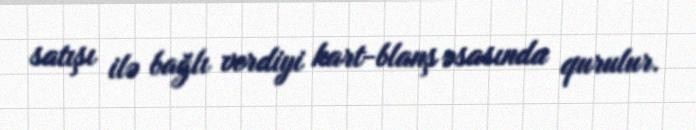
satışı ilə bağlı verdiyi kart-blanş əsasında qurulur.